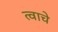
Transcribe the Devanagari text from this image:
त्वाचे